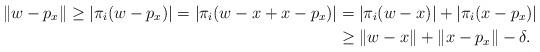
LaTeX: \begin{align*}\|w - p_x\| \ge | \pi_i(w - p_x) | = |\pi_i(w - x + x - p_x) | &= |\pi_i(w - x)| + |\pi_i(x - p_x) | \\&\ge \|w - x\| + \|x - p_x \| - \delta.\end{align*}